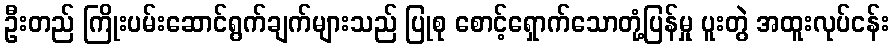
ဦးတည် ကြိုးပမ်းဆောင်ရွက်ချက်များသည် ပြုစု စောင့်ရှောက်သောတုံ့ပြန်မှု ပူးတွဲ အထူးလုပ်ငန်း